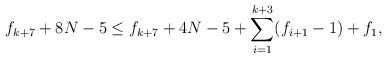
LaTeX: \begin{align*}f_{k + 7} + 8N - 5 \leq f_{k+7} + 4N - 5 + \sum_{i=1}^{k+3}(f_{i+1} - 1) + f_1,\end{align*}